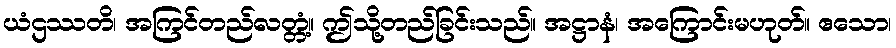
ယံဌဿတိ၊ အကြင်တည်လတ္တံ့။ ဤသို့တည်ခြင်းသည်။ အဋ္ဌာနံ၊ အကြောင်းမဟုတ်။ ဧသော၊